Insane asylums Bombay 1873-77 - 1873-1877
Year: 1873
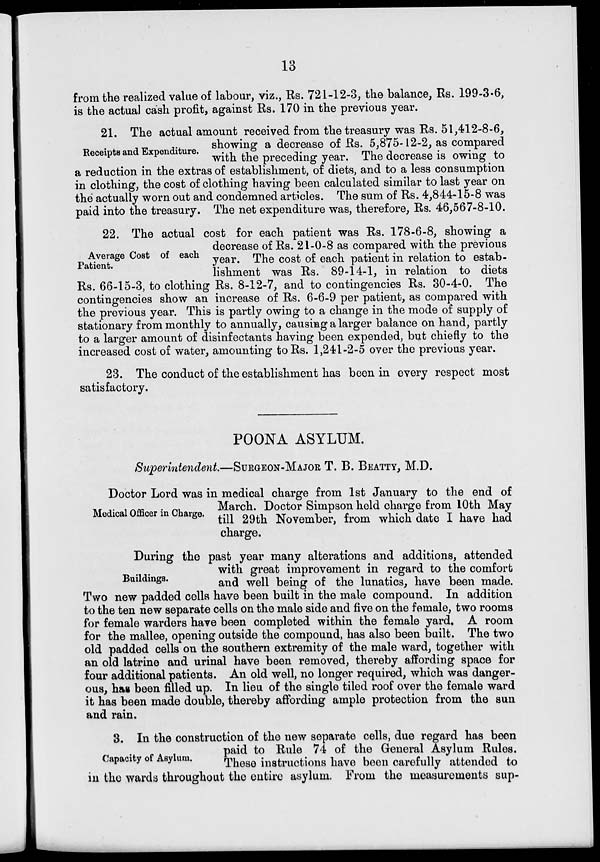
13
from the realized value of labour, viz., Rs. 721-12-3, the balance, Rs. 199-3-6,
is the actual cash profit, against Rs. 170 in the previous year.
Receipts and Expenditure.
21. The actual amount received from the treasury was Rs. 51,412-8-6,
showing a decrease of Rs. 5,875-12-2, as compared
with the preceding year. The decrease is owing to
a reduction in the extras of establishment, of diets, and to a less consumption
in clothing, the cost of clothing having been calculated similar to last year on
the actually worn out and condemned articles. The sum of Rs. 4,844-15-8 was
paid into the treasury. The net expenditure was, therefore, Rs. 46,567-8-10.
Average Cost of each
Patient.
22. The actual cost for each patient was Rs. 178-6-8, showing a
decrease of Rs. 21-0-8 as compared with the previous
year. The cost of each patient in relation to estab-
lishment was Rs. 89-14-1, in relation to diets
Rs. 66-15-3, to clothing Rs. 8-12-7, and to contingencies Rs. 30-4-0. The
contingencies show an increase of Rs. 6-6-9 per patient, as compared with
the previous year. This is partly owing to a change in the mode of supply of
stationary from monthly to annually, causing a larger balance on hand, partly
to a larger amount of disinfectants having been expended, but chiefly to the
increased cost of water, amounting to Rs. 1,241-2-5 over the previous year.
23. The conduct of the establishment has been in every respect most
satisfactory.
POONA ASYLUM.
Superintendent—SURGEON-MAJOR T. B. BEATTY, M.D.
Medical Officer in Charge.
Doctor Lord was in medical charge from 1st January to the end of
March. Doctor Simpson held charge from 10th May
till 29th November, from which date I have had
charge.
Buildings.
During the past year many alterations and additions, attended
with great improvement in regard to the comfort
and well being of the lunatics, have been made.
Two new padded cells have been built in the male compound. In addition
to the ten new separate cells on the male side and five on the female, two rooms
for female warders have been completed within the female yard. A room
for the mallee, opening outside the compound, has also been built. The two
old padded cells on the southern extremity of the male ward, together with
an old latrine and urinal have been removed, thereby affording space for
four additional patients. An old well, no longer required, which was danger-
ous, has been filled up. In lieu of the single tiled roof over the female ward
it has been made double, thereby affording ample protection from the sun
and rain.
Capacity of Asylum.
3. In the construction of the new separate cells, due regard has been
paid to Rule 74 of the General Asylum Rules.
These instructions have been carefully attended to
in the wards throughout the entire asylum. From the measurements sup-